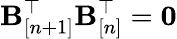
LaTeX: {\mathbf B}_{[n+1]}^{\top}{\mathbf B}_{[n]}^{\top}={\mathbf 0}